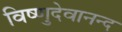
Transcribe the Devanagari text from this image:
विष्णुदेवानन्द